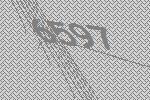
6597